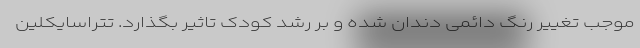
موجب تغییر رنگ دائمی دندان شده و بر رشد کودک تاثیر بگذارد. تتراسایکلین